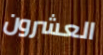
العشرون